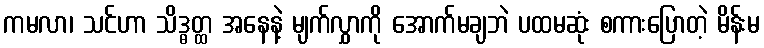
ကမလာ၊ သင်ဟာ သိဒ္ဓတ္ထ အနေနဲ့ မျက်လွှာကို အောက်မချဘဲ ပထမဆုံး စကားပြောတဲ့ မိန်းမ